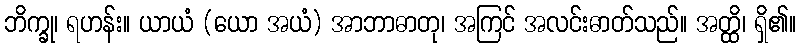
ဘိက္ခု၊ ရဟန်း။ ယာယံ (ယော အယံ) အာဘာဓာတု၊ အကြင် အလင်းဓာတ်သည်။ အတ္ထိ၊ ရှိ၏။